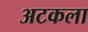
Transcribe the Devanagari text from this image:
अटकला